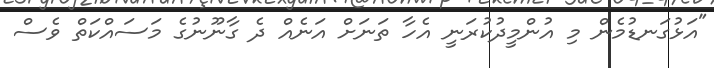
"އަޅުގަނޑުމެން މި އުންމީދުކުރަނީ އެހާ ތަނަށް އަނެއް ދެ ގާނޫނުގެ މަސައްކަތް ވެސް